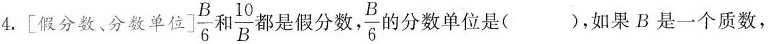
4. [假分数、分数单位] \frac{B}{6}和\frac{10}{B}都是假分数，\frac{B}{6} 的分数单位是（），如果B是一个质数，